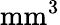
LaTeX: \mathrm{mm^{3}}